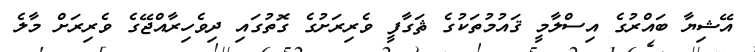
އޭޝިޔާ ބައްރުގެ އިސްލާމީ ޤައުމުތަކުގެ ޘަގާފީ ވެރިރަށުގެ ގޮތުގައި ދިވެހިރާއްޖޭގެ ވެރިރަށް މާލެ